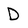
Character: D